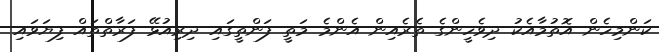
ކަންމިހެން އޮތުމާއެކު ދިވެހީންގެ ތެރެއިން އެންމެ މަތީ ފަންތީގައި ދިރިއުޅޭ ފަރާތްތައް ފިޔަވައި